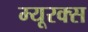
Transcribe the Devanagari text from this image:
म्यूरक्स